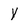
Character: y